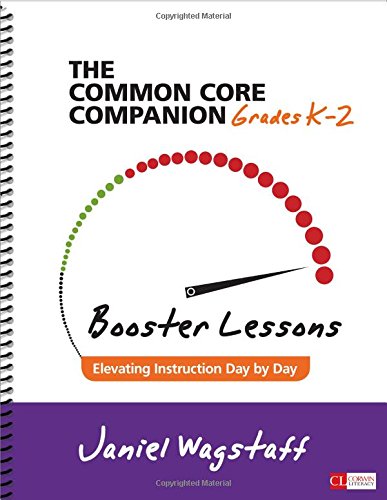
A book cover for The Common Core Companion: Booster Lessons, Grades K-2: Elevating Instruction Day by Day (Corwin Literacy); Janiel M. Wagstaff; Education & Teaching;